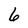
Character: 6